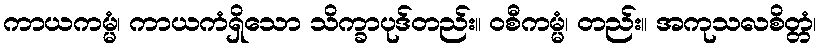
ကာယကမ္မံ၊ ကာယကံရှိသော သိက္ခာပုဒ်တည်း။ ဝစီကမ္မံ၊ တည်း။ အကုသလစိတ္တံ၊